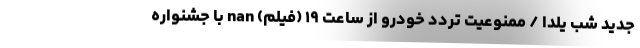
جدید شب یلدا / ممنوعیت تردد خودرو از ساعت ۱۹ (فیلم) nan با جشنواره